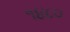
૧૪૮૦